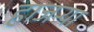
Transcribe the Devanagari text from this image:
हाजर्‍या